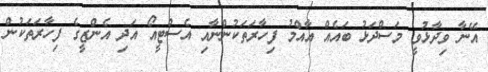
އޭނާ ވިދާޅުވީ މަސްދަޅު ބައެއް އާއްމު ފިހާރަތަކުންނާއި އެސްޓީއޯ އަދި އެންޒީގެ ފިހާރަތަކުން